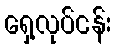
ရှေ့လုပ်ငန်း